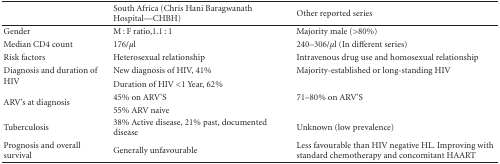
<table><thead><tr><td></td><td><b>South Africa (Chris Hani Baragwanath Hospital—CHBH)</b></td><td><b>Other reported series</b></td></tr></thead><tbody><tr><td>Gender</td><td>M : F ratio,1.1 : 1</td><td>Majority male (&gt;80%)</td></tr><tr><td>Median CD4 count</td><td>176/<i>μ</i>l</td><td>240–306/<i>μ</i>l (In different series)</td></tr><tr><td>Risk factors</td><td>Heterosexual relationship</td><td>Intravenous drug use and homosexual relationship</td></tr><tr><td rowspan="2">Diagnosis and duration of HIV</td><td>New diagnosis of HIV, 41%</td><td>Majority-established or long-standing HIV</td></tr><tr><td>Duration of HIV &lt;1 Year, 62%</td><td></td></tr><tr><td rowspan="2">ARV&#x27;s at diagnosis</td><td>45% on ARV&#x27;S</td><td>71–80% on ARV&#x27;S</td></tr><tr><td>55% ARV naive</td><td></td></tr><tr><td>Tuberculosis</td><td>38% Active disease, 21% past, documented disease</td><td>Unknown (low prevalence)</td></tr><tr><td>Prognosis and overall survival</td><td>Generally unfavourable</td><td>Less favourable than HIV negative HL. Improving with standard chemotherapy and concomitant HAART</td></tr></tbody></table>